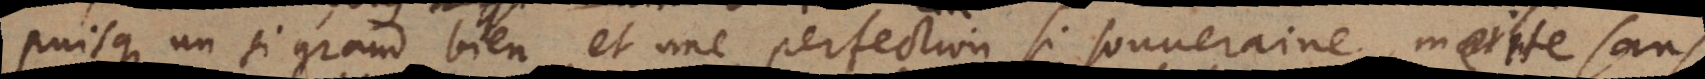
puisque un si grand bien, et une perfection si souveraine merite sans